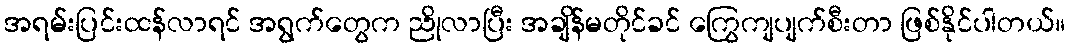
အရမ်းပြင်းထန်လာရင် အရွက်တွေက ညိုလာပြီး အချိန်မတိုင်ခင် ကြွေကျပျက်စီးတာ ဖြစ်နိုင်ပါတယ်။